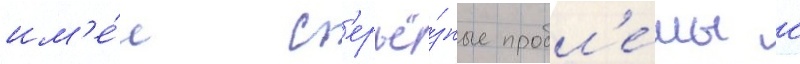
им'е́л с'ерьё́зные пробл'е́мы с